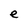
Character: e